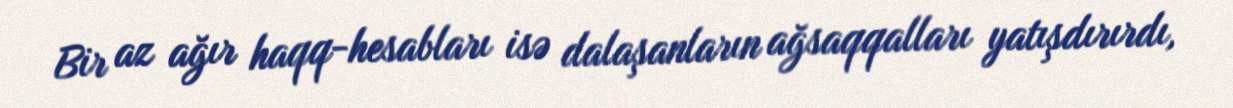
Bir az ağır haqq-hesabları isə dalaşanların ağsaqqalları yatışdırırdı,